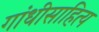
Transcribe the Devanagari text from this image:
गांधीसाहित्य